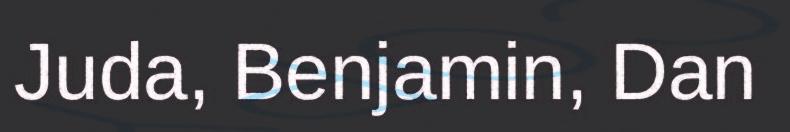
Juda, Benjamin, Dan